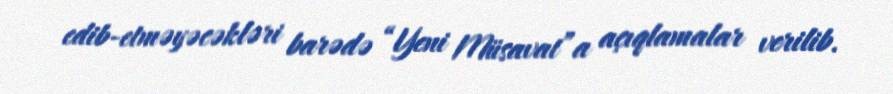
edib-etməyəcəkləri barədə “Yeni Müsavat”a açıqlamalar verilib.